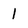
Character: 1